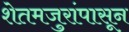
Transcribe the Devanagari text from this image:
शेतमजुरांपासून